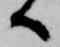
へ